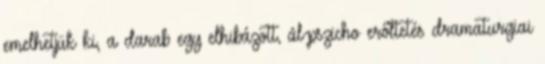
emelhetjük ki, a darab egy elhibázott, ál-pszicho erőltetés dramaturgiai